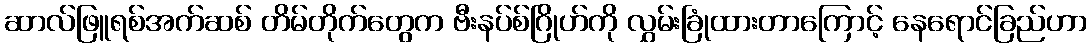
ဆာလ်ဖြူရစ်အက်ဆစ် တိမ်တိုက်တွေက ဗီးနပ်စ်ဂြိုဟ်ကို လွှမ်းခြုံထားတာကြောင့် နေရောင်ခြည်ဟာ